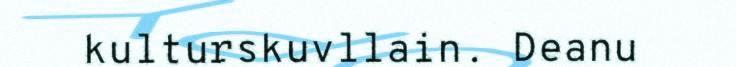
kulturskuvllain. Deanu